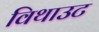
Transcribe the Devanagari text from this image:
विथाउट